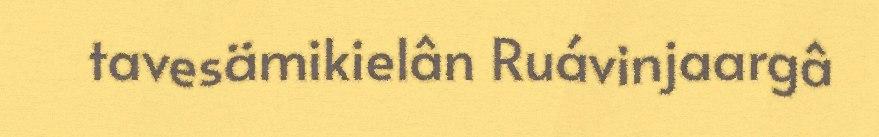
tavesämikielân Ruávinjaargâ